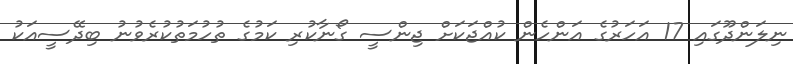
ނިލަންދޫގައި 17 އަހަރުގެ އަންހެން ކުއްޖަކަށް ޖިންސީ ގޯނާކުރި ކަމުގެ ތުހުމަތުކުރެވުނު ބިދޭސީއަކު